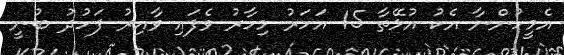
އެމީހުންނާ އެކު އުޅޭތާ 15 އަހަރު މިހާރު ވެފައި ވާއިރު ފަހުދު ބުނީ